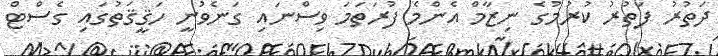
ދަތުރު ފަތުރު ކުރުމުގެ ނިޒާމް އެންމެ ފުރަތަމަ ވިސްނައި ގަނެވުނީ ހަޤީޤަތުގައި ގެސްޓް